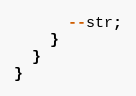
Language: C++
      --str;
    }
  }
}